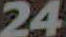
24